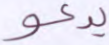
يدعو